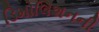
ડિમોલિશનની